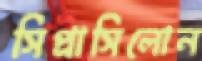
সিপ্রাসিলোন